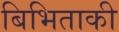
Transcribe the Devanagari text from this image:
बिभिताकी